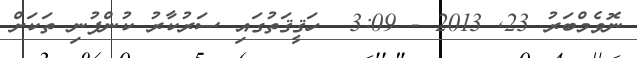
ނޮވެމްބަރު 23